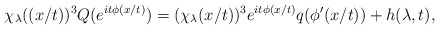
\begin{align*}\chi_\lambda((x/t))^3Q(e^{it\phi(x/t)})&=(\chi_\lambda(x/t))^3e^{it\phi(x/t)}q(\phi'(x/t))+h(\lambda,t),\end{align*}